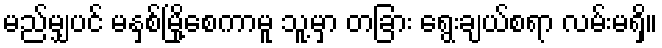
မည်မျှပင် မနှစ်မြို့စေကာမူ သူ့မှာ တခြား ရွေးချယ်စရာ လမ်းမရှိ။